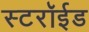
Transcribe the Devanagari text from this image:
स्टरॉईड